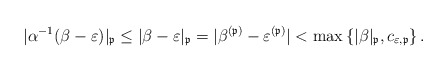
\begin{align*}|\alpha^{-1}(\beta-\varepsilon)|_{\mathfrak{p}}\leq|\beta-\varepsilon|_{\mathfrak{p}}=|\beta^{(\mathfrak{p})}-\varepsilon^{(\mathfrak{p})}|<\max\left\{ |\beta|_{\mathfrak{p}},c_{\varepsilon,\mathfrak{p}}\right\} .\end{align*}